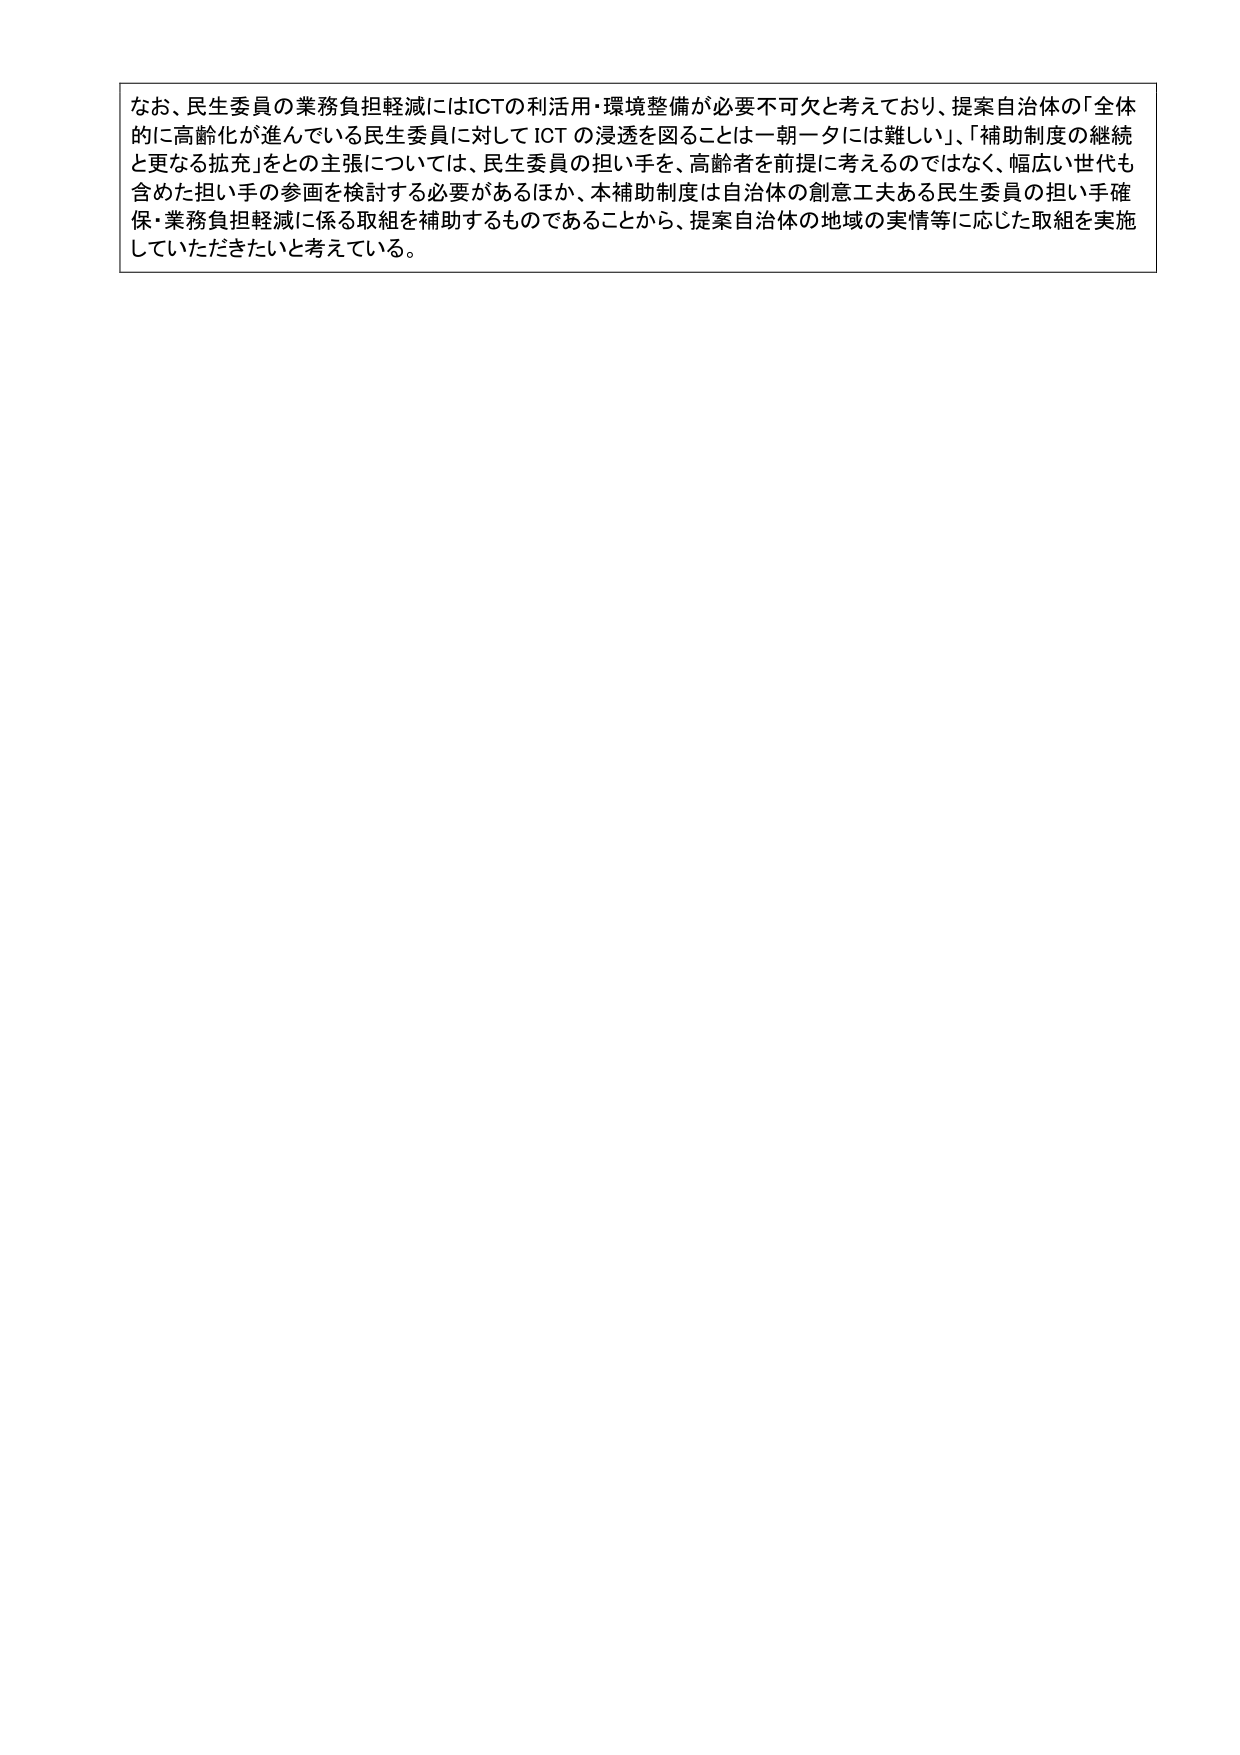
なお、民生委員の業務負担軽減にはICTの利活用・環境整備が必要不可欠と考えており、提案自治体の「全体的に高齢化が進んでいる民生委員に対してICTの浸透を図ることは一朝一夕には難しい」、「補助制度の継続と更なる拡充」をとの主張については、民生委員の担い手を、高齢者を前提に考えるのではなく、幅広い世代も含めた担い手の参画を検討する必要があるほか、本補助制度は自治体の創意工夫ある民生委員の担い手確保・業務負担軽減に係る取組を補助するものであることから、提案自治体の地域の実情等に応じた取組を実施していただきたいと考えている。